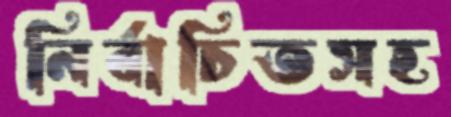
নির্বাচিতসহ